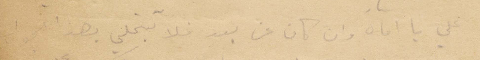
علي يا اماه وان كان عن بعد لا تبخلي بهذا الجواب.